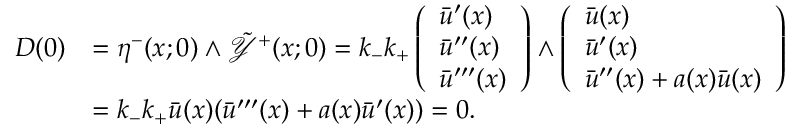
\begin{array} { r l } { D ( 0 ) } & { = \eta ^ { - } ( x ; 0 ) \wedge \tilde { \mathcal { Y } } ^ { + } ( x ; 0 ) = k _ { - } k _ { + } \left( \begin{array} { l } { \bar { u } ^ { \prime } ( x ) } \\ { \bar { u } ^ { \prime \prime } ( x ) } \\ { \bar { u } ^ { \prime \prime \prime } ( x ) } \end{array} \right) \wedge \left( \begin{array} { l } { \bar { u } ( x ) } \\ { \bar { u } ^ { \prime } ( x ) } \\ { \bar { u } ^ { \prime \prime } ( x ) + a ( x ) \bar { u } ( x ) } \end{array} \right) } \\ & { = k _ { - } k _ { + } \bar { u } ( x ) ( \bar { u } ^ { \prime \prime \prime } ( x ) + a ( x ) \bar { u } ^ { \prime } ( x ) ) = 0 . } \end{array}